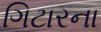
ગિટારના